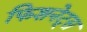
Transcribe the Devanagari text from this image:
फिशनेट्स